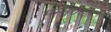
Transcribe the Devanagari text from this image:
मन्सुरांच्या